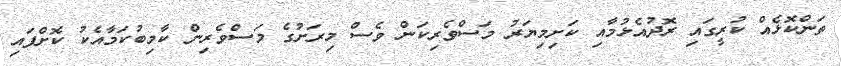
ތަންކޮޅެއް ކުރީގައި ރޮދުއެޅުމާއި ކަށިމިޔަރު މަސްވެރިކަން ވެސް މިރަށުގެ މަސްވެރިން ކާމިބުކަމާއެކު ކޮށްފައި